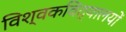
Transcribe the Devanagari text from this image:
विश्वकविद्यालयों